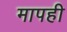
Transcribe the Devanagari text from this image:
मापही